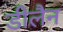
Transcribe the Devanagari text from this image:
डीलैन